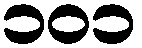
၁၀၁